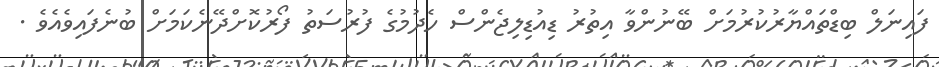
ފައިނަލް ބިޑްތައްޔާރުކުރުމަށް ބޭނުންވާ އިތުރު ޑިއުޑިލިޖެންސް ހެދުމުގެ ފުރުސަތު ފޯރުކޮށްދޭނެކަމަށް ބުނެފައިވެއެވެ .